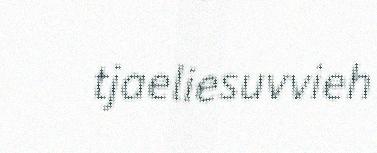
tjaeliesuvvieh